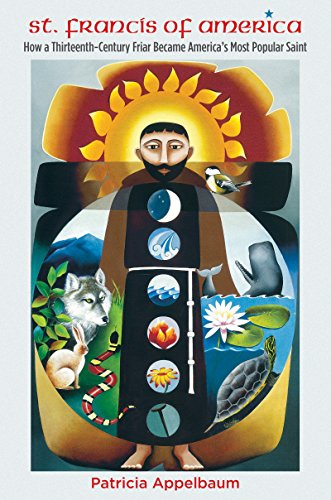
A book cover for St. Francis of America: How a Thirteenth-Century Friar Became America's Most Popular Saint; Patricia Appelbaum; Christian Books & Bibles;